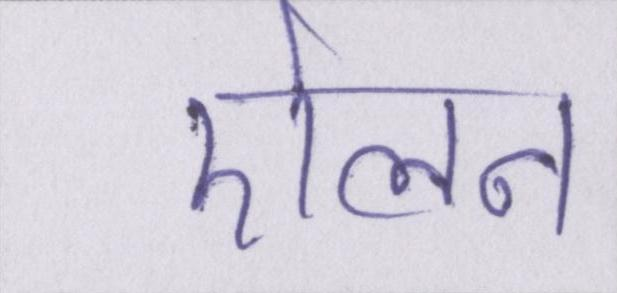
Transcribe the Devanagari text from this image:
ऐलन